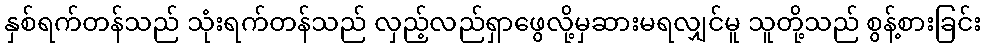
နှစ်ရက်တန်သည် သုံးရက်တန်သည် လှည့်လည်ရှာဖွေလို့မှဆားမရလျှင်မူ သူတို့သည် စွန့်စားခြင်း